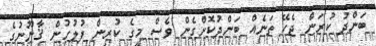
ބަންދު ކުރަން ޖެހޭ ތަނެއް ބަންދުކޮށްގެން ވެސް މީގެ ކުރިން ފުލުހުން ޤާނޫނުގެ